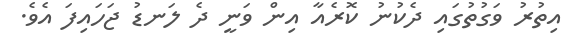
އިތުރު ވަގުތުގައި ދެކުނު ކޮރެއާ އިން ވަނީ ދެ ލަނޑު ޖަހައިފަ އެވެ.